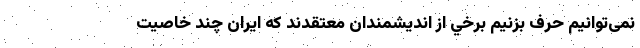
نمی‌توانیم حرف بزنیم برخي از انديشمندان معتقدند كه ايران چند خاصيت